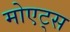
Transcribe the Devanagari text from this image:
मोएट्स